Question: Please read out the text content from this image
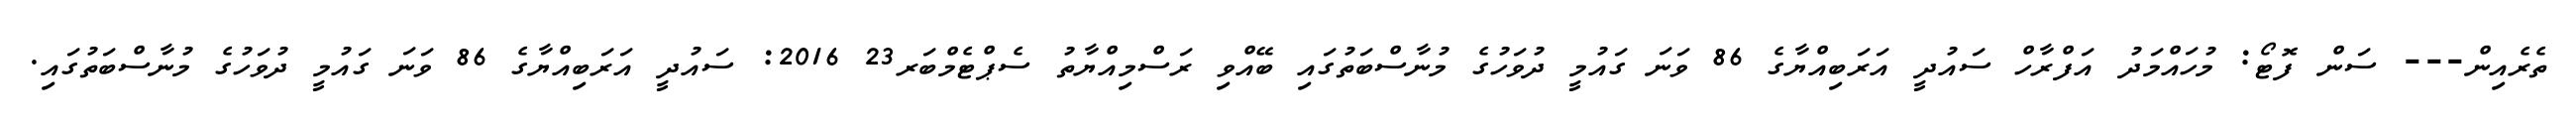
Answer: ތެރެއިން--- ސަން ފޮޓޯ: މުހައްމަދު އަފްރާހް ސައުދީ އަރަބިއްޔާގެ 86 ވަނަ ގައުމީ ދުވަހުގެ މުނާސްބަތުގައި ބޭއްވި ރަސްމިއްޔާތު ސެޕްޓެމްބަރ23 2016: ސައުދީ އަރަބިއްޔާގެ 86 ވަނަ ގައުމީ ދުވަހުގެ މުނާސްބަތުގައި.